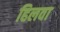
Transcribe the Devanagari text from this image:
हिलवा